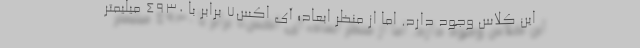
این کلاس وجود دارد. اما از منظر ابعاد؛ آی اکس7 برابر با 4930 میلیمتر